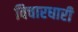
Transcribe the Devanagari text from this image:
विचारधारी